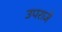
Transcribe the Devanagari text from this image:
उपराजे